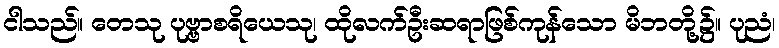
ငါသည်။ တေသု ပုဗ္ဗာစရိယေသု၊ ထိုလက်ဦးဆရာဖြစ်ကုန်သော မိဘတို့၌။ ပုညံ၊